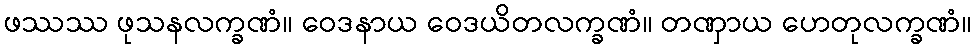
ဖဿဿ ဖုသနလက္ခဏံ။ ဝေဒနာယ ဝေဒယိတလက္ခဏံ။ တဏှာယ ဟေတုလက္ခဏံ။